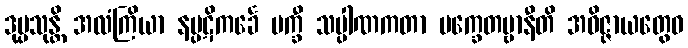
ဒုပ္ပသုန္တိ အလံကြိယာ နပ္ပဋိကင်္ခေ မက္ခီ သပ္ပါဏကတာ မက္ခေတဗ္ဗာနီတိ အဝိဇ္ဇာယတွေဝ